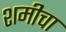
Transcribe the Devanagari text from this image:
शमीचा